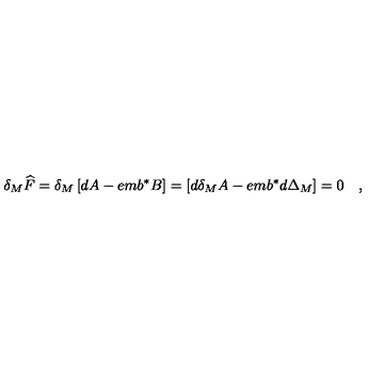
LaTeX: \delta _ { M } \widehat { F } = \delta _ { M } \left[ d A - e m b ^ { * } B \right] = \left[ d \delta _ { M } A - e m b ^ { * } d \Delta _ { M } \right] = 0 \quad ,